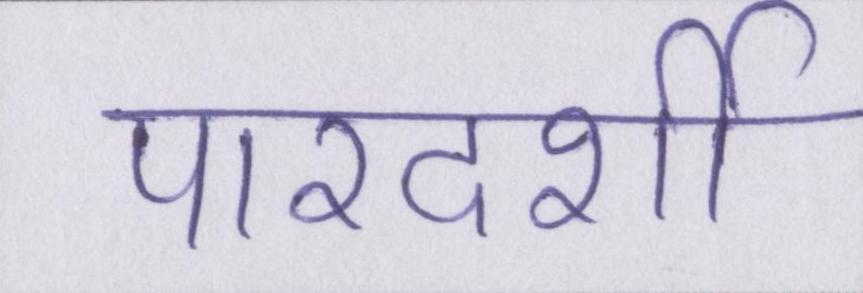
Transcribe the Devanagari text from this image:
पारदर्शी